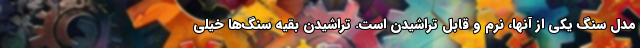
مدل سنگ یکی از آنها، نرم و قابل تراشیدن است. تراشیدن بقیه سنگ‌ها خیلی